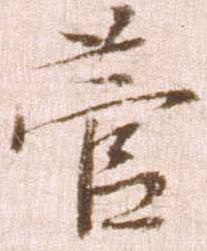
菅